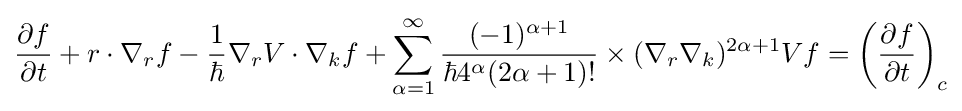
{\frac {\partial f}{\partial t}}+r\cdot \nabla _{r}f-{\frac {1}{\hbar }}\nabla _{r}V\cdot \nabla _{k}f+\sum _{\alpha =1}^{\infty }{\frac {(-1)^{\alpha +1}}{\hbar 4^{\alpha }(2\alpha +1)!}}\times (\nabla _{r}\nabla _{k})^{2\alpha +1}Vf=\left({\frac {\partial f}{\partial t}}\right)_{c}